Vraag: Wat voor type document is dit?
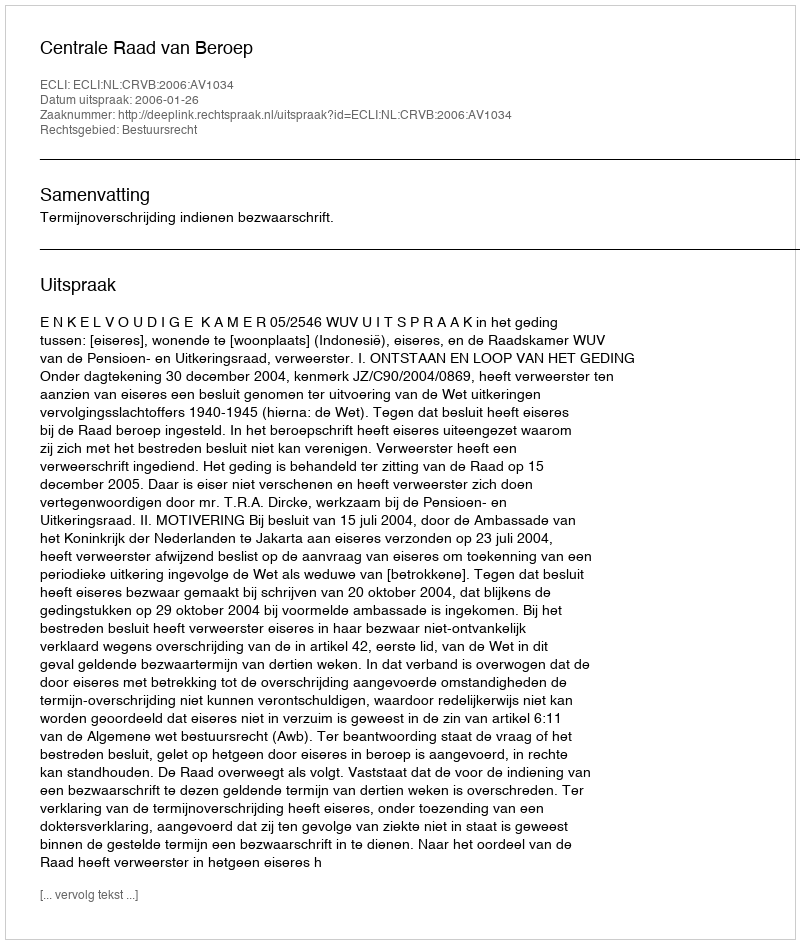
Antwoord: Uitspraak